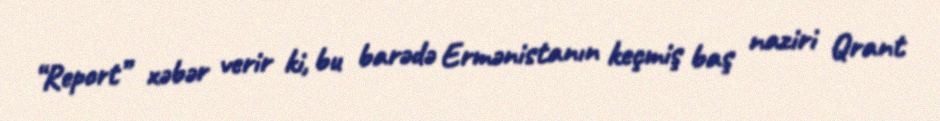
“Report” xəbər verir ki, bu barədə Ermənistanın keçmiş baş naziri Qrant